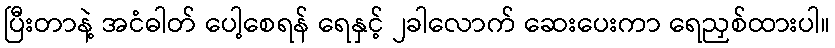
ပြီးတာနဲ့ အငံဓါတ် ပေါ့စေရန် ရေနှင့် ၂ခါလောက် ဆေးပေးကာ ရေညှစ်ထားပါ။